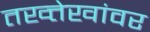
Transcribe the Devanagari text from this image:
तख्त्तेखांवर